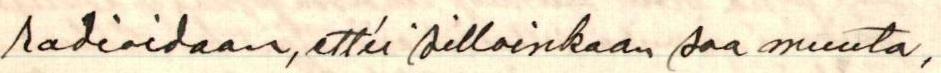
radioidaan, ettei silloinkaan saa muuta,